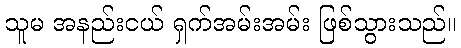
သူမ အနည်းငယ် ရှက်အမ်းအမ်း ဖြစ်သွားသည်။